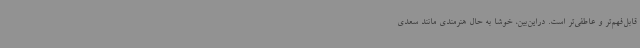
قابل‌فهم‌تر و عاطفی‌تر است. دراین‌بین، خوشا به حال هنرمندی مانند سعدی